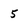
Character: 5